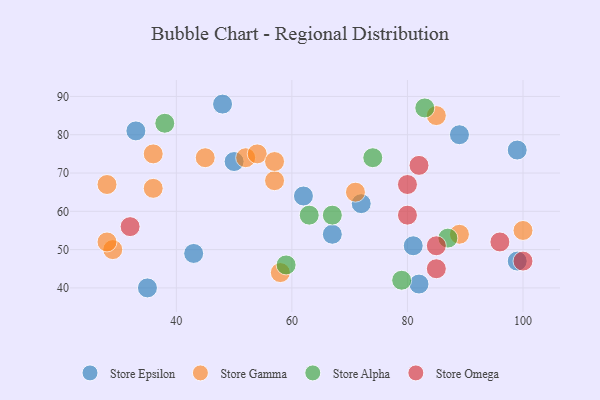
{"axis": {"x": "GDP", "y": "Life Expectancy"}, "legend": ["Store Alpha", "Store Epsilon", "Store Gamma", "Store Omega"], "data": [{"x": "48", "y": 88, "type": "Store Epsilon"}, {"x": "72", "y": 62, "type": "Store Epsilon"}, {"x": "82", "y": 41, "type": "Store Epsilon"}, {"x": "81", "y": 51, "type": "Store Epsilon"}, {"x": "43", "y": 49, "type": "Store Epsilon"}, {"x": "33", "y": 81, "type": "Store Epsilon"}, {"x": "35", "y": 40, "type": "Store Epsilon"}, {"x": "99", "y": 47, "type": "Store Epsilon"}, {"x": "99", "y": 76, "type": "Store Epsilon"}, {"x": "50", "y": 73, "type": "Store Epsilon"}, {"x": "89", "y": 80, "type": "Store Epsilon"}, {"x": "67", "y": 54, "type": "Store Epsilon"}, {"x": "62", "y": 64, "type": "Store Epsilon"}, {"x": "36", "y": 66, "type": "Store Gamma"}, {"x": "52", "y": 74, "type": "Store Gamma"}, {"x": "29", "y": 50, "type": "Store Gamma"}, {"x": "71", "y": 65, "type": "Store Gamma"}, {"x": "57", "y": 68, "type": "Store Gamma"}, {"x": "100", "y": 55, "type": "Store Gamma"}, {"x": "54", "y": 75, "type": "Store Gamma"}, {"x": "85", "y": 85, "type": "Store Gamma"}, {"x": "58", "y": 44, "type": "Store Gamma"}, {"x": "45", "y": 74, "type": "Store Gamma"}, {"x": "89", "y": 54, "type": "Store Gamma"}, {"x": "57", "y": 73, "type": "Store Gamma"}, {"x": "28", "y": 67, "type": "Store Gamma"}, {"x": "36", "y": 75, "type": "Store Gamma"}, {"x": "28", "y": 52, "type": "Store Gamma"}, {"x": "79", "y": 42, "type": "Store Alpha"}, {"x": "83", "y": 87, "type": "Store Alpha"}, {"x": "67", "y": 59, "type": "Store Alpha"}, {"x": "38", "y": 83, "type": "Store Alpha"}, {"x": "59", "y": 46, "type": "Store Alpha"}, {"x": "63", "y": 59, "type": "Store Alpha"}, {"x": "74", "y": 74, "type": "Store Alpha"}, {"x": "87", "y": 53, "type": "Store Alpha"}, {"x": "82", "y": 72, "type": "Store Omega"}, {"x": "80", "y": 59, "type": "Store Omega"}, {"x": "100", "y": 47, "type": "Store Omega"}, {"x": "96", "y": 52, "type": "Store Omega"}, {"x": "80", "y": 67, "type": "Store Omega"}, {"x": "32", "y": 56, "type": "Store Omega"}, {"x": "85", "y": 51, "type": "Store Omega"}, {"x": "85", "y": 45, "type": "Store Omega"}]}